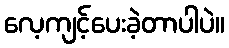
လေ့ကျင့်ပေးခဲ့တာပါပဲ။